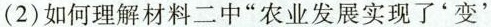
(2)如何理解材料二中”农业发展实现了'变'